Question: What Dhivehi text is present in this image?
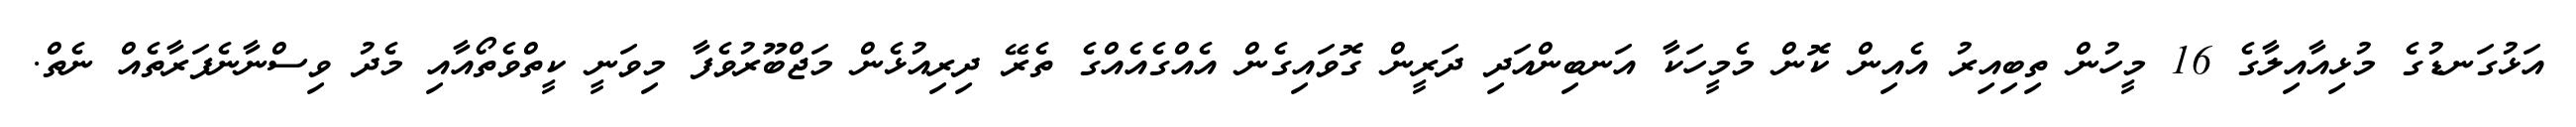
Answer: އަޅުގަނޑުގެ މުޅިއާއިލާގެ 16 މީހުން ތިބިއިރު އެއިން ކޮން މެމީހަކާ އަނބިންއަދި ދަރީން ގޮވައިގެން އެއްގެއެއްގެ ތެރޭ ދިރިއުޅެން މަޖްބޫރުވެފާ މިވަނީ ކީތްވެތޯއާއި މެދު ވިސްނާނެފަރާތެއް ނެތް.